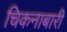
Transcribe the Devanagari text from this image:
चिकनाबारी